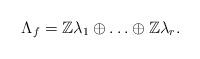
LaTeX: \begin{align*}\Lambda _f= \mathbb{Z}\lambda _1 \oplus \ldots \oplus \mathbb{Z}\lambda _r.\end{align*}